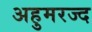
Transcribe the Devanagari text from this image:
अहुमरज्द